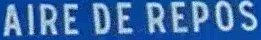
AIRE DE REPOS